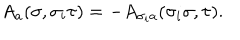
A _ { a } ( \sigma , \sigma _ { i } \tau ) = - A _ { \sigma _ { i } a } ( \sigma _ { i } \sigma , \tau ) .